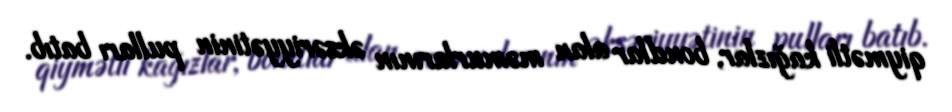
qiymətli kağızlar, bondlar alan məmurlarının əksəriyyətinin pulları batıb.